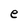
Character: e